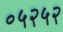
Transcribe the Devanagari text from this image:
०५२५२